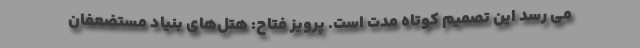
می رسد این تصمیم کوتاه مدت است. پرویز فتاح: هتل‌های بنیاد مستضعفان